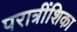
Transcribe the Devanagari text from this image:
परात्रींशिका